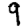
Digit: 9